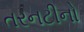
તરનટીનો